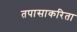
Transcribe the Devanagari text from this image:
तपासाकरिता